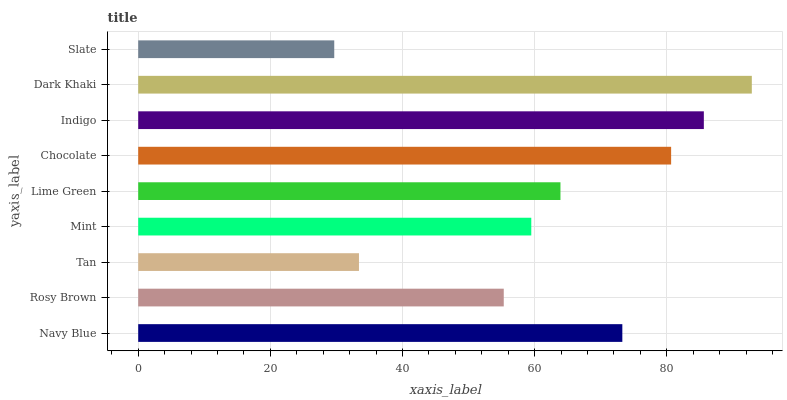
| yaxis_label | bars |
 | --- | --- |
 | Navy Blue | 73.3 |
 | Rosy Brown | 55.3 |
 | Tan | 33.4 |
 | Mint | 59.5 |
 | Lime Green | 63.9 |
 | Chocolate | 80.7 |
 | Indigo | 85.6 |
 | Dark Khaki | 92.9 |
 | Slate | 29.7 |